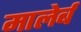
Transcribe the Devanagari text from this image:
मालेर्ब